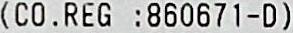
(CO. REG :860671-D)